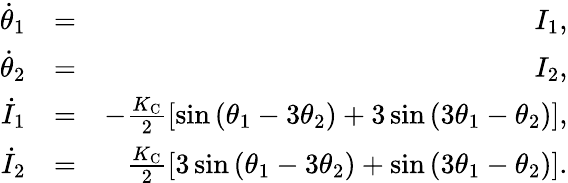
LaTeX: \begin{array}{rlr}{\dot{\theta}_{1}}&{=}&{I_{1},}\\ {\dot{\theta}_{2}}&{=}&{I_{2},}\\ {\dot{I}_{1}}&{=}&{-\frac{K_{\mathrm{C}}}{2}\left[\sin\left(\theta_{1}-3\theta_{2}\right)+3\sin\left(3\theta_{1}-\theta_{2}\right)\right],}\\ {\dot{I}_{2}}&{=}&{\frac{K_{\mathrm{C}}}{2}\left[3\sin\left(\theta_{1}-3\theta_{2}\right)+\sin\left(3\theta_{1}-\theta_{2}\right)\right].}\end{array}